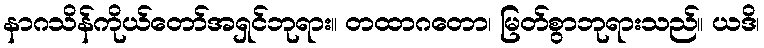
နာဂသိန်ကိုယ်တော်အရှင်ဘုရား။ တထာဂတော၊ မြတ်စွာဘုရားသည်။ ယဒိ၊